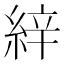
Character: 𦀓